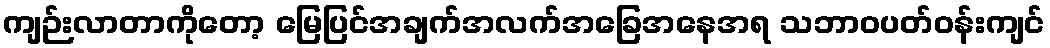
ကျဉ်းလာတာကိုတော့ မြေပြင်အချက်အလက်အခြေအနေအရ သဘာဝပတ်ဝန်းကျင်